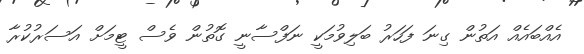
އެއްބައެއް އަތުން ގިނަ ފަހަރު ބަލިވުމަކީ ނަފްސާނީ ގޮތުން ވެސް ޓީމަށް އަސަރުކުރާ